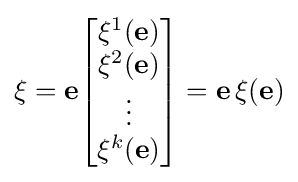
\xi ={\mathbf {e} }{\begin{bmatrix}\xi ^{1}(\mathbf {e} )\\\xi ^{2}(\mathbf {e} )\\\vdots \\\xi ^{k}(\mathbf {e} )\end{bmatrix}}={\mathbf {e} }\,\xi (\mathbf {e} )